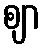
ဈာ